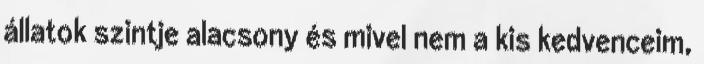
állatok szintje alacsony és mivel nem a kis kedvenceim,